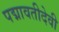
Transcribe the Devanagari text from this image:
पद्मावतीदेवी